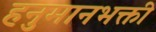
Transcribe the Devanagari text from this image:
हनुमानभक्ती